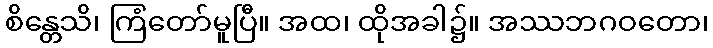
စိန္တေသိ၊ ကြံတော်မူပြီ။ အထ၊ ထိုအခါ၌။ အဿဘဂဝတော၊